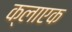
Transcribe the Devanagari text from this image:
क्लाएक